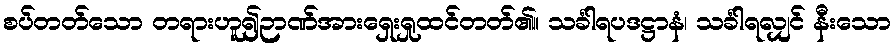
စပ်တတ်သော တရားဟူ၍ဉာဏ်အားရှေးရှုထင်တတ်၏။ သင်္ခါရပဒဋ္ဌာနံ၊ သင်္ခါရလျှင် နီးသော